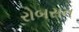
રોબસન